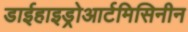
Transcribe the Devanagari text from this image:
डाईहाइड्रोआर्टमिसिनीन